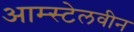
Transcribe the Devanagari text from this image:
आम्स्टेलवीन